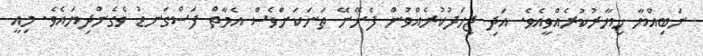
ނަބިއްޔާ ޚިޔާރުކުރެއްވީއެވެ. އަދި ޖިހަދުކުރެއްވުން ފެށޭނޭ ތަނަކަށްވެސް އެމާތް ފަސްގަނޑު ވެގެންދިޔައެވެ. މިއީ